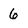
Character: 6